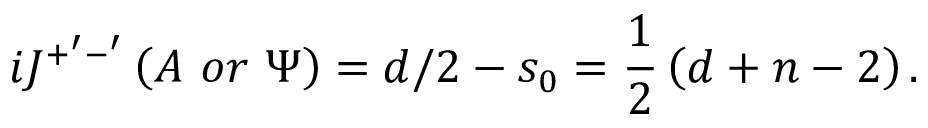
i J ^ { + ^ { \prime } - ^ { \prime } } \left( A \, \, o r \, \, \Psi \right) = d / 2 - s _ { 0 } = \frac 1 2 \left( d + n - 2 \right) .